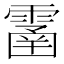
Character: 𩄙